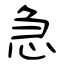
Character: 急